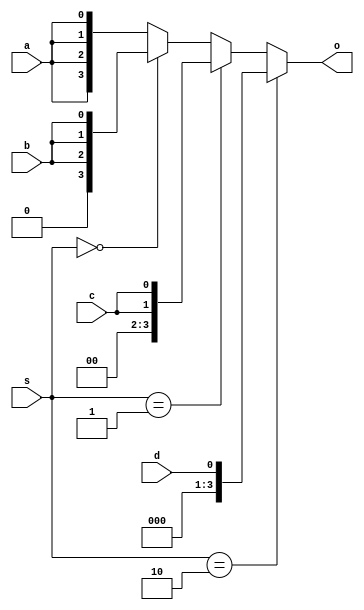
module cliffordwolf_freduce (
        input wire [1:0] s,
        input wire a, b, c, d,
        output reg [3:0] o
);
        always @* begin
                o = {4{a}};
                if (s == 0) o = {3{b}};
                if (s == 1) o = {2{c}};
                if (s == 2) o = d;
        end
endmodule